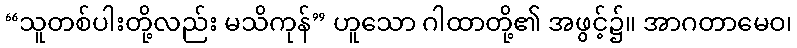
“သူတစ်ပါးတို့လည်း မသိကုန်” ဟူသော ဂါထာတို့၏ အဖွင့်၌။ အာဂတာမေဝ၊